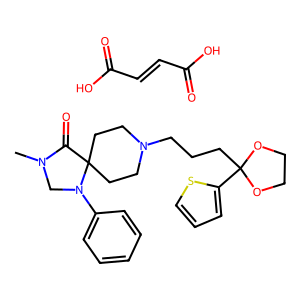
SMILES: CN1CN(c2ccccc2)C2(CCN(CCCC3(c4cccs4)OCCO3)CC2)C1=O.O=C(O)C=CC(=O)O
Inhibits HIV replication: No